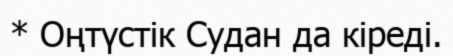
* Оңтүстік Судан да кіреді.